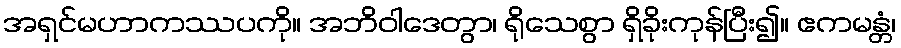
အရှင်မဟာကဿပကို။ အဘိဝါဒေတွာ၊ ရိုသေစွာ ရှိခိုးကုန်ပြီး၍။ ဧကမန္တံ၊